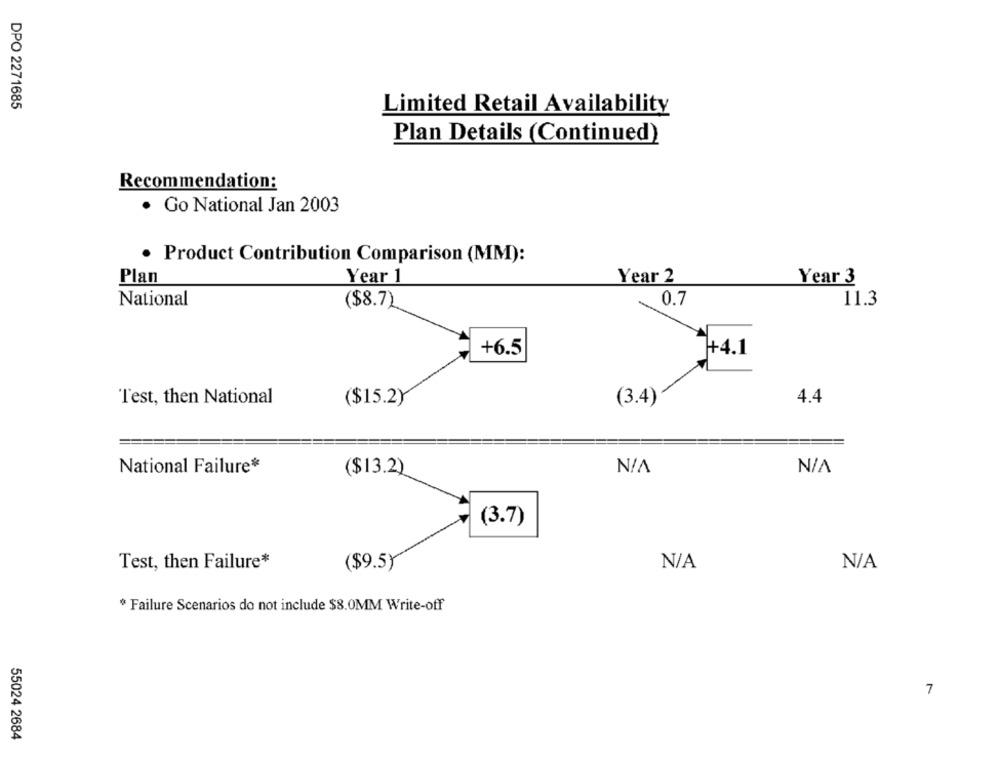
DPO 2271685
Limited Retail Availability
Plan Details (Continued)
Recommendation:
· Go National Jan 2003
Product Contribution Comparison (MM):
Plan
Year 1
Year 2
Year 3
National
($8.7)
0.7
11.3
++4.1
+6.5
Test, then National
($15.2)
(3.4)
4.4
National Failure*
($13.2)
(3.7)
Test, then Failure*
($9.5)
* Failure Scenarios do not include $8.0MM Write-off
7
55024 2684